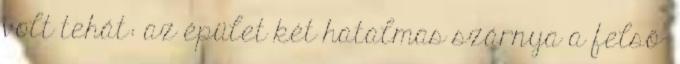
volt tehát: az épület két hatalmas szárnya a felső-